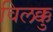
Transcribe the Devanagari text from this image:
विलक्कु